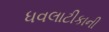
ધવલાટીકાની